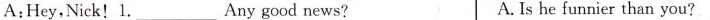
A:Hey,Nick!1.____Any good news? A. Is he funnier than you?